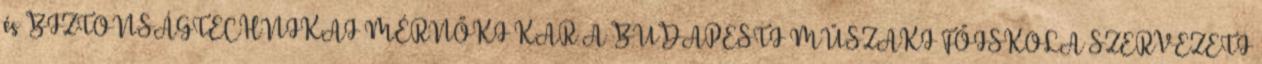
és BIZTONSÁGTECHNIKAI MÉRNÖKI KAR A BUDAPESTI MŰSZAKI FŐISKOLA SZERVEZETI